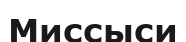
Миссыси